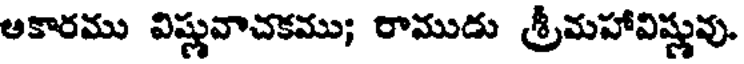
అకారము విష్ణువాచకము; రాముడు శ్రీమహావిష్ణువు.